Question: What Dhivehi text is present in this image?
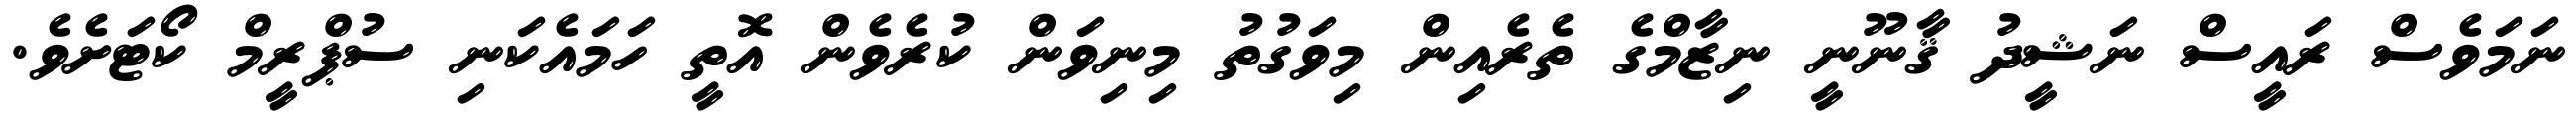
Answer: ނަމަވެސް ރައީސް ނަޝީދު ޤާނޫނީ ނިޒާމްގެ ތެރެއިން މިވަގުތު މިނިވަން ކުރެވެން އޮތީ ހަމައެކަނި ސުޕްރީމް ކޯޓަށެވެ.